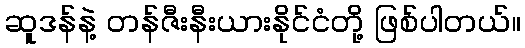
ဆူဒန်နဲ့ တန်ဇီးနီးယားနိုင်ငံတို့ ဖြစ်ပါတယ်။